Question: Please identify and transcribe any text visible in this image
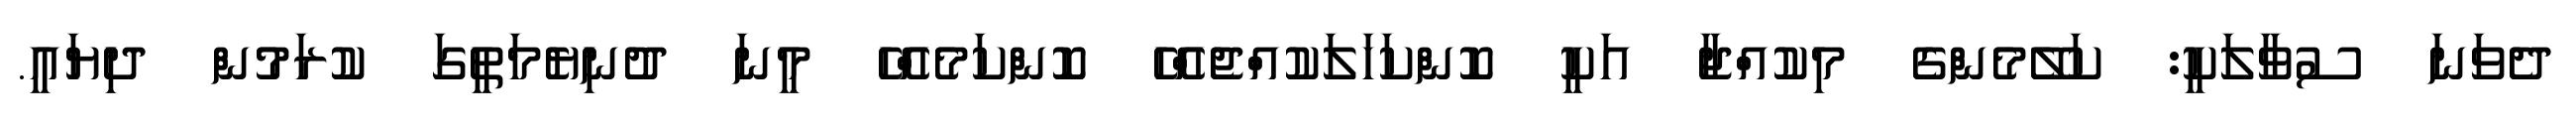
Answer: ދެވަނަ ސުވާލަކީ: ކަލޭމެންގެ މިކުއްޖާ އަކީ ކޮންކަހަލަކުއްޖެއްހޭ ކޮންކަމެއްހޭ މީނަ ދުނިޔެމަތީގަ ކުރަމުން ދިޔައީ.